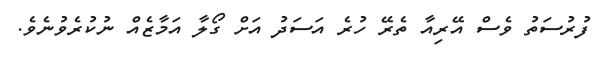
ފުރުސަތު ވެސް އޭރިއާ ތެރޭ ހުރެ އަސަދު އަށް ގޯލާ އަމާޒެއް ނުކުރެވުނެވެ.